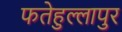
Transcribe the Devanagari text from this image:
फतेहुल्लापुर